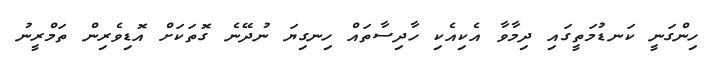
ހިންގަނީ ކަނޑުމަތީގައި ދިމާވާ އެކިއެކި ހާދިސާތައް ހިނގިޔަ ނުދޭނެ ގޮތަކަށް އޮޑިވެރިން ތަމްރީނު